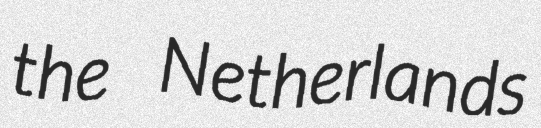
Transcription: the Netherlands